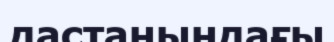
дастанындағы